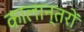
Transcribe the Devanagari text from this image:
कालान्तरों